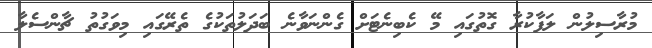
މުރާސިލުން ލަފާކުރާ ގޮތުގައި މޭ ކެބިނެޓަށް ގެންނަވާނެ ބަދަލުތަކުގެ ތެރޭގައި މިވަގުތު ޗާންސެލާ